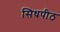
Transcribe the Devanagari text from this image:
सिधपीठ